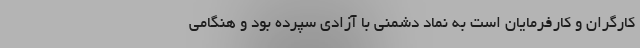
کارگران و کارفرمایان است به نماد دشمنی با آزادی سپرده بود و هنگامی